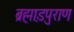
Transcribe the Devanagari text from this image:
ब्रह्मा़डपुराण